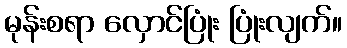
မုန်းစရာ လှောင်ပြုံး ပြုံးလျက်။